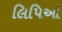
લિપિઓ